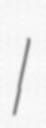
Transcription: I